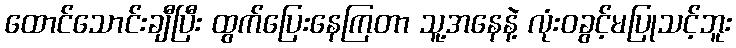
ထောင်သောင်းချီပြီး ထွက်ပြေးနေကြတာ သူ့အနေနဲ့ လုံးဝခွင့်မပြုသင့်ဘူး